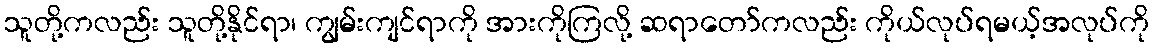
သူတို့ကလည်း သူတို့နိုင်ရာ၊ ကျွမ်းကျင်ရာကို အားကိုကြလို့ ဆရာတော်ကလည်း ကိုယ်လုပ်ရမယ့်အလုပ်ကို